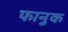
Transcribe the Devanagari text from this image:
फानुक